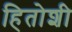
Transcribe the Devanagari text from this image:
हितोशी